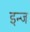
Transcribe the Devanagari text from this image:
इन्ज